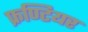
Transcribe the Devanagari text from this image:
फ्रण्टियर